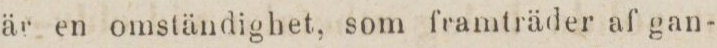
är en omständiyhet, som framträder af gan-